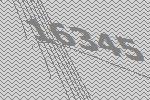
16345